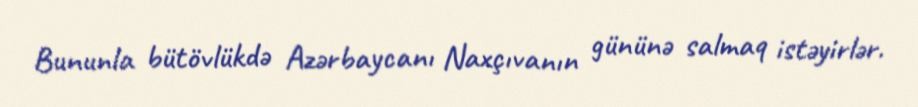
Bununla bütövlükdə Azərbaycanı Naxçıvanın gününə salmaq istəyirlər.